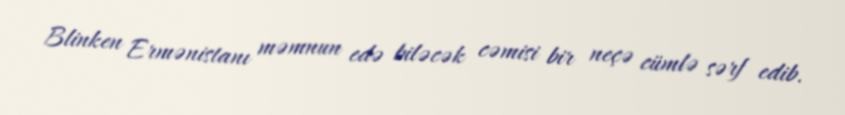
Blinken Ermənistanı məmnun edə biləcək cəmisi bir neçə cümlə sərf edib.